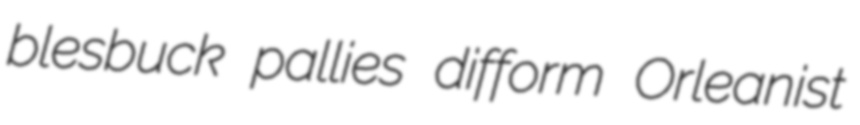
blesbuck pallies difform Orleanist